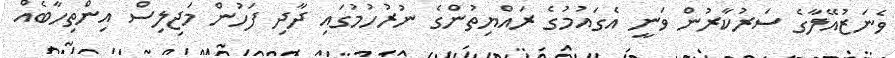
ވެނަޒުއޭލާގެ ސަރުކާރުން ވަނީ އެގައުމުގެ ރައްޔިތުންގެ ނުރުހުމުގައި ދާދި ފަހުން މަޖިލިސް އިންތިހާބެއް